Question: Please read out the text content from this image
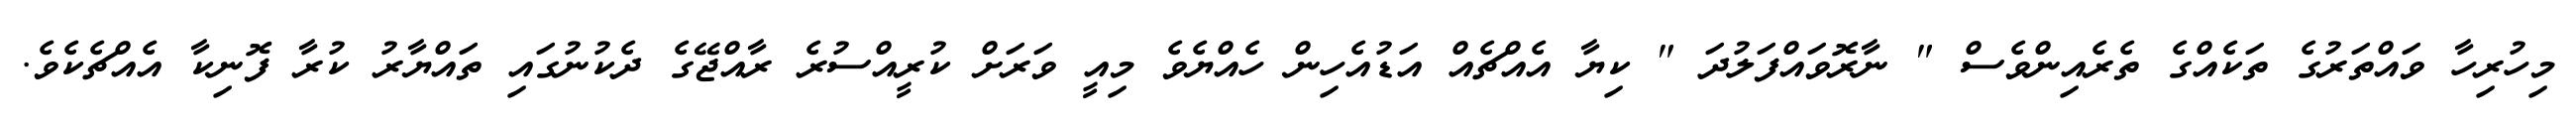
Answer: މިހުރިހާ ވައްތަރުގެ ތަކެއްގެ ތެރެއިންވެސް " ނާރޮވައްފަލުދަ " ކިޔާ އެއްޗެއް އަޑުއެހިން ހެއްޔެވެ މިއީ ވަރަށް ކުރީއްސުރެ ރާއްޖޭގެ ދެކުނުގައި ތައްޔާރު ކުރާ ފޮނިކާ އެއްޗެކެވެ.